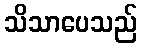
သိသာပေသည်